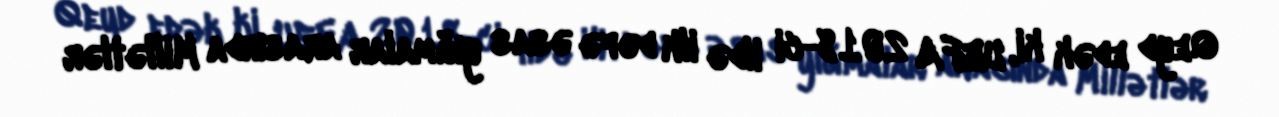
Qeyd edək ki, UEFA 2018-ci ildə ilk dəfə əsas yığmalar arasında Millətlər